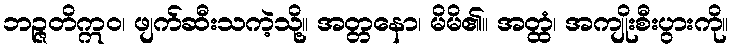
ဘဉ္ဇတိဣဝ၊ ဖျက်ဆီးသကဲ့သို့။ အတ္တနော၊ မိမိ၏။ အတ္ထံ၊ အကျိုးစီးပွားကို။